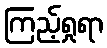
ကြည့်ရှုရာ